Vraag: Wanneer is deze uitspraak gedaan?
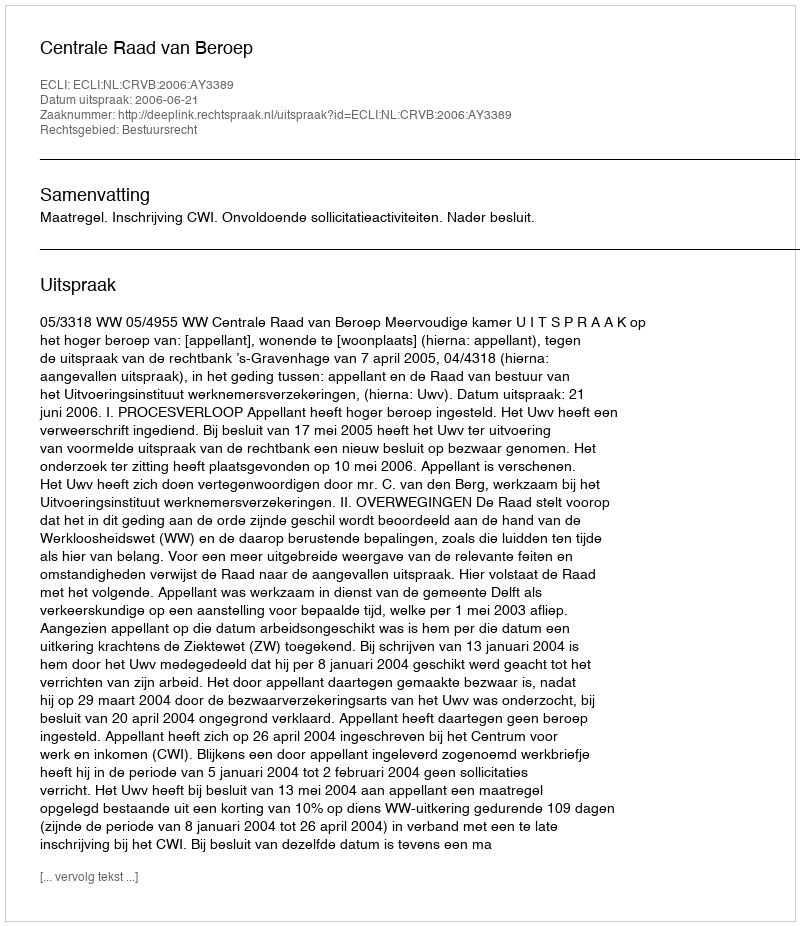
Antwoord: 2006-06-21